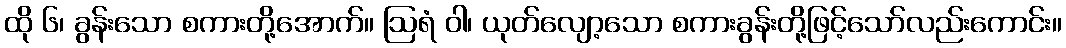
ထို ၆၊ ခွန်းသော စကားတို့အောက်။ ဩရံ ဝါ၊ ယုတ်လျော့သော စကားခွန်းတို့ဖြင့်သော်လည်းကောင်း။